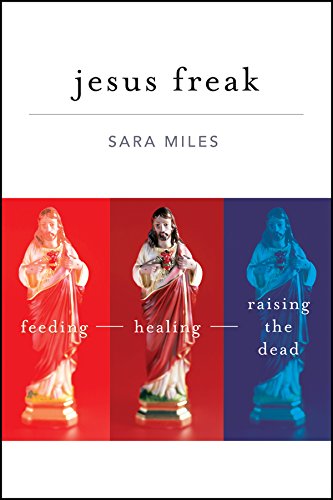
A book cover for Jesus Freak: Feeding Healing Raising the Dead; Sara Miles; Christian Books & Bibles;